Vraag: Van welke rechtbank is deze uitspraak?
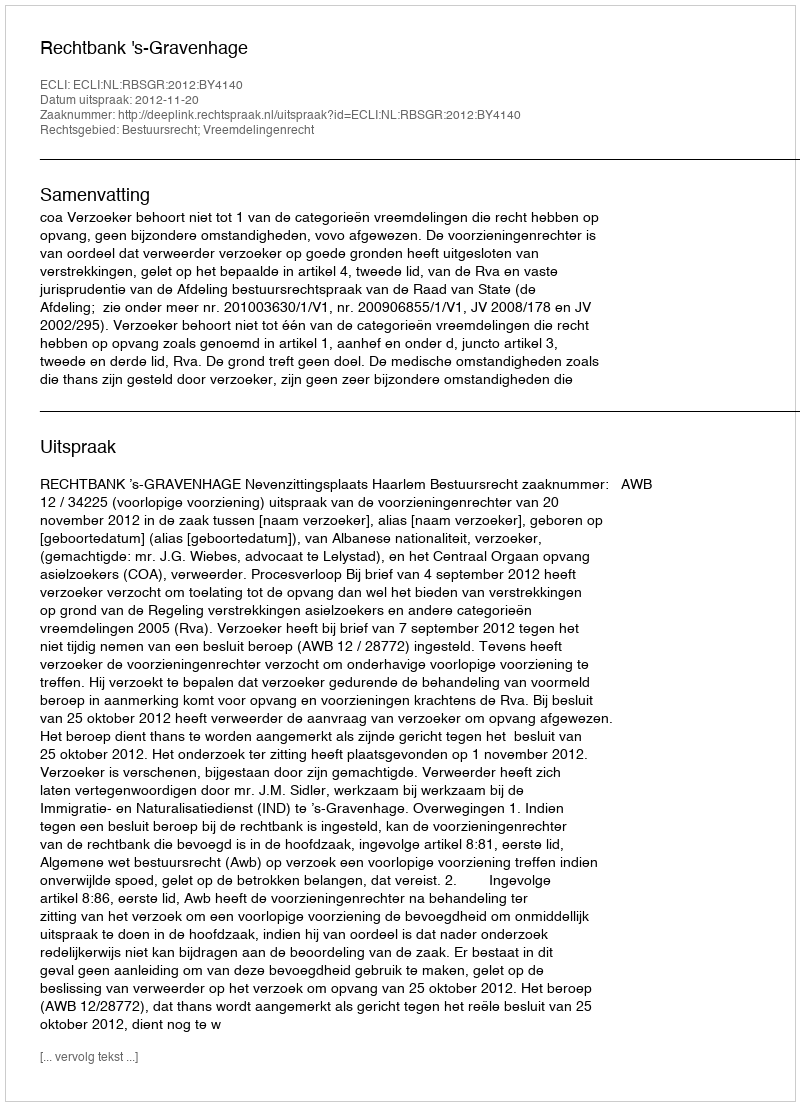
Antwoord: Rechtbank 's-Gravenhage